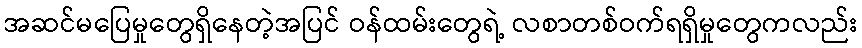
အဆင်မပြေမှုတွေရှိနေတဲ့အပြင် ဝန်ထမ်းတွေရဲ့ လစာတစ်ဝက်ရရှိမှုတွေကလည်း